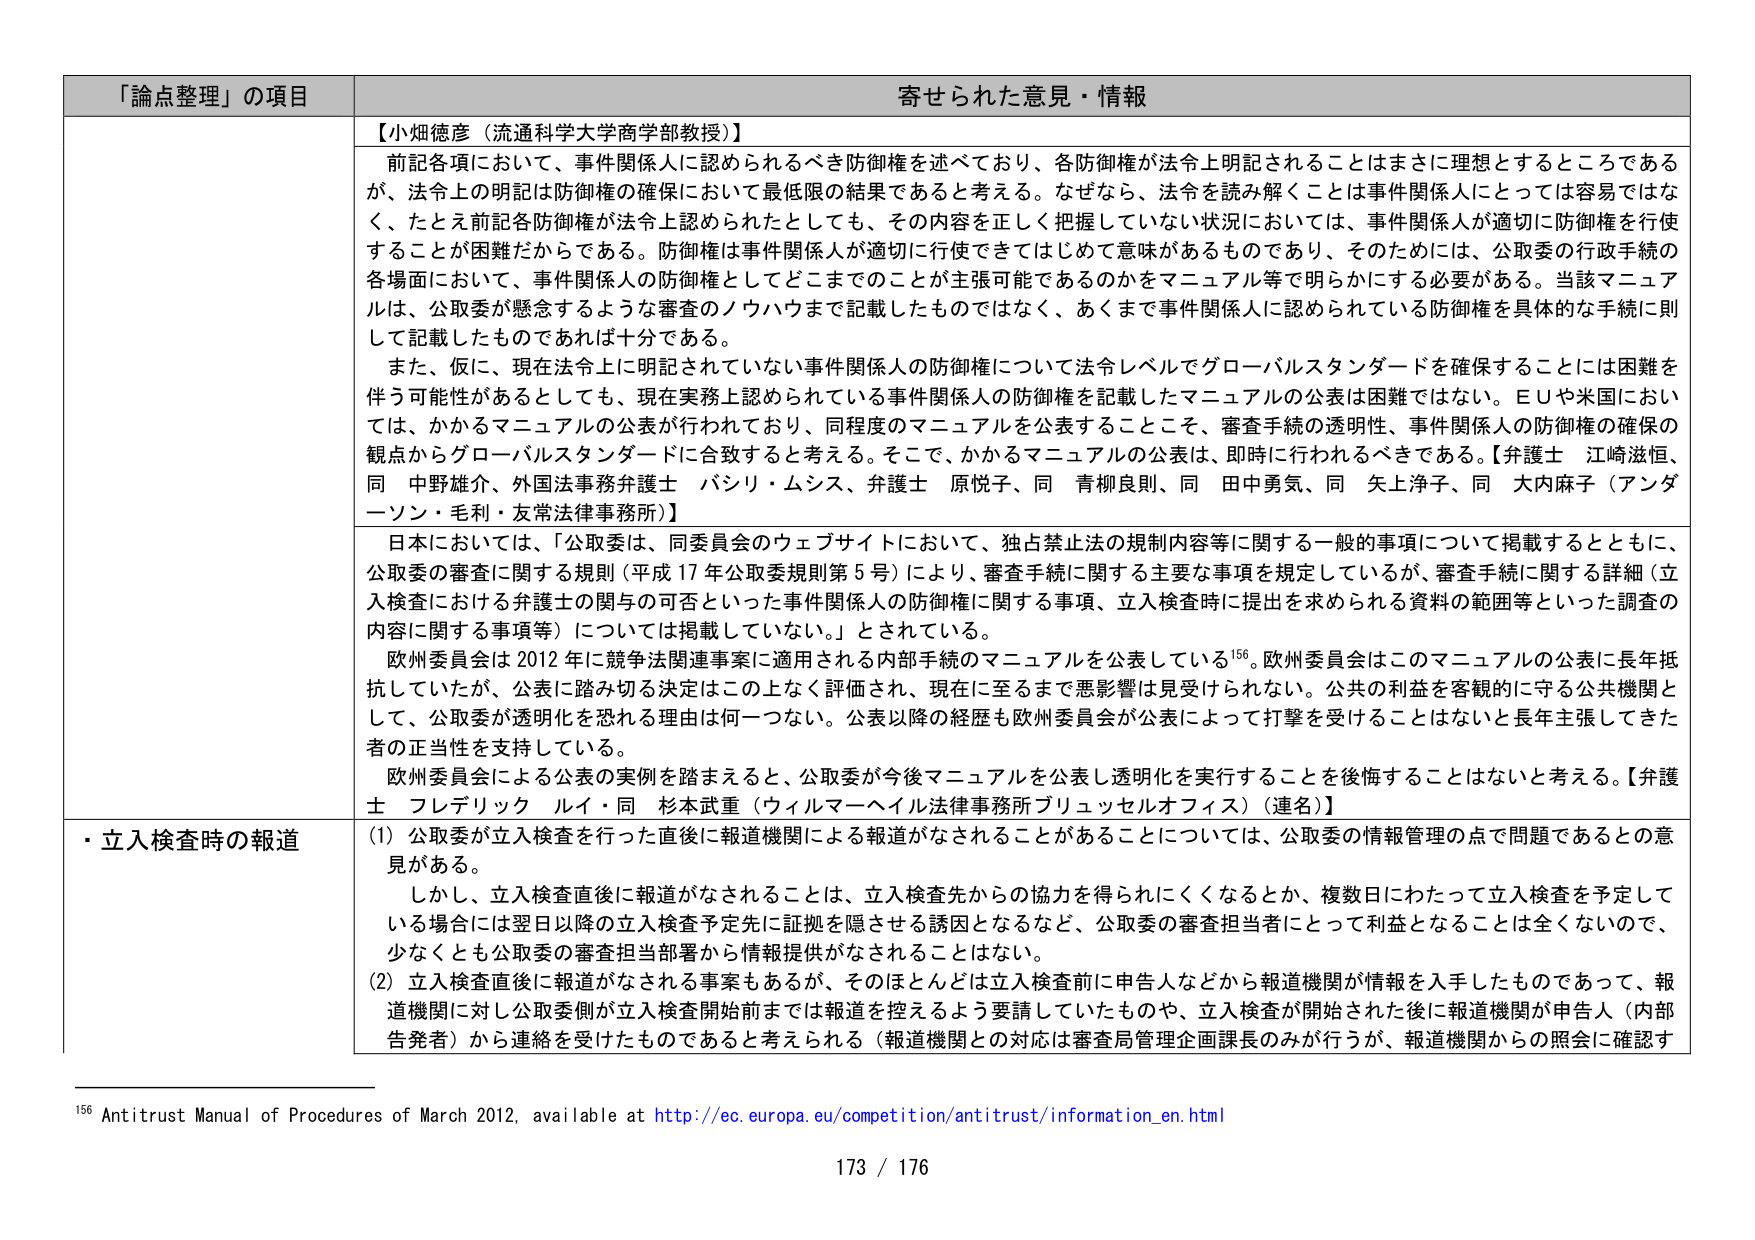
「論点整理」の項目 寄せられた意見・情報

【小畑徳彦（流通科学大学商学部教授）】
前記各項において、事件関係人に認められるべき防御権を述べており、各防御権が法令上明記されることはまさに理想とするところであるが、法令上の明記は防御権の確保において最低限の結果であると考える。なぜなら、法令を読み解くことは事件関係人にとっては容易ではない、たとえ前記各防御権が法令上認められたとしても、その内容を正しく把握していない状況においては、事件関係人が適切に防御権を行使することが困難だからである。防御権は事件関係人が適切に行使できていかめて意味があるものであり、そのためには、公取委の行政手続の各場面において、事件関係人の防御権としてどこまでのことが主張可能であるのかをマニュアル等で明らかにする必要がある。当該マニュアルは、公取委が懸念するような審査のノウハウまで記載したものではなく、あくまで事件関係人に認められている防御権を具体的な手続に則して記載したものであれば十分である。
また、仮に、現在法令上に明記されていない事件関係人の防御権について法令レベルでグローバルスタンダードを確保することには困難を伴う可能性があるとしても、現在実務上認められている事件関係人の防御権を記載したマニュアルの公表は困難ではない。ＥＵや米国においては、かかるマニュアルの公表が行われており、同程度のマニュアルを公表することこそ、審査手続の透明性、事件関係人の防御権の確保の観点からグローバルスタンダードに合致すると考える。そこで、かかるマニュアルの公表は、即時に行われるべきである。【弁護士 江崎滋恒、同 中野雄介、外国法務弁護士 バシリ・ムシス、弁護士 原悦子、同 青柳良則、同 田中勇気、同 矢上浄子、同 大内麻子（アンダーソン・毛利・友常法律事務所）】

日本においては、「公取委は、同委員会のウェブサイトにおいて、独占禁止法の規制内容等に関する一般的事項について掲載するとともに、公取委の審査に関する規則（平成17年公取委規則第5号）により、審査手続に関する主要な事項を規定しているが、審査手続に関する詳細（立入検査における弁護士の関与の可否といった事件関係人の防御権に関する事項、立入検査時に提出を求められる資料の範囲等といった調査の内容に関する事項等）については掲載していない。」とされている。
欧州委員会は2012年に競争法関連事案に適用される内部手続のマニュアルを公表している156。欧州委員会はこのマニュアルの公表に長年抵抗していたが、公表に踏み切る決定はこの上なく評価され、現在に至るまで悪影響は見受けられない。公共の利益を客観的に守る公共機関として、公取委が透明化を恐れる理由は何一つない。公表以降の経歴も欧州委員会が公表によって打撃を受けることはないと長年主張してきた者の正当性を支持している。
欧州委員会による公表の実例を踏まえると、公取委が今後マニュアルを公表し透明化を実行することを後悔することはないと考える。【弁護士 フレデリック ルイ・同 杉本武重（ウィルマーヘイル法律事務所プリュッセルオフィス）（連名）】

・立入検査時の報道
(1) 公取委が立入検査を行った直後に報道機関による報道がなされることがあることについては、公取委の情報管理の点で問題であるとの意見がある。
しかし、立入検査直後に報道がなされることは、立入検査先からの協力を得られにくくなるとか、複数日にわたって立入検査を予定している場合には翌日以降の立入検査予定先に証拠を隠させる誘因となるなど、公取委の審査担当者にとって利益となることは全くないので、少なくとも公取委の審査担当部署から情報提供がなされることがない。
(2) 立入検査直後に報道がなされる事案もあるが、そのほとんどは立入検査前に申告人などから報道機関が情報を入手したものであって、報道機関に対し公取委側が立入検査開始前までは報道を控えるよう要請していたものや、立入検査が開始された後に報道機関が申告人（内部告発者）から連絡を受けたものであると考えられる（報道機関との対応は審査局管理企画課長のみが行うが、報道機関からの照会に確認す

156 Antitrust Manual of Procedures of March 2012, available at http://ec.europa.eu/competition/antitrust/information_en.html

173 / 176